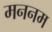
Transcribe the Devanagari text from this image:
मननम